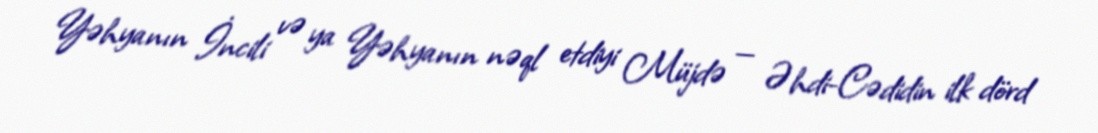
Yəhyanın İncili və ya Yəhyanın nəql etdiyi Müjdə — Əhdi-Cədidin ilk dörd